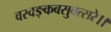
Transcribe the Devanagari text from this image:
वस्वङ्कबसुवत्सरे।।